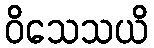
ဝိသေသယိ